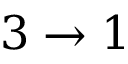
3 \rightarrow 1